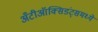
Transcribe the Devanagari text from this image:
अँटीऑक्सिडंट्समध्ये